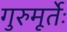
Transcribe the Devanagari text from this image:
गुरुमूर्तेः